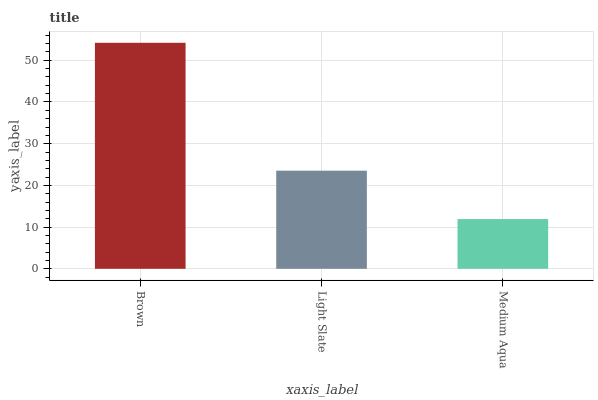
| xaxis_label | bars |
 | --- | --- |
 | Brown | 54.2 |
 | Light Slate | 23.5 |
 | Medium Aqua | 11.9 |